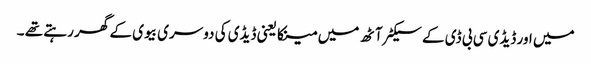
میں اور ڈیڈی سی بی ڈی کے سیکٹر آٹھ میں مینکا یعنی ڈیڈی کی دوسری بیوی کے گھر رہتے تھے ۔